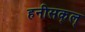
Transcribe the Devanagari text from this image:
हनीसक्‌ल्‌